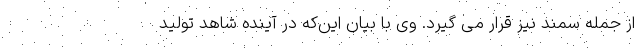
از جمله سمند نیز قرار می گیرد. وی با بیان این‌که در آینده شاهد تولید